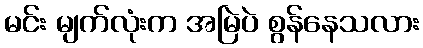
မင်း မျက်လုံးက အမြဲပဲ စွန်နေသလား